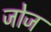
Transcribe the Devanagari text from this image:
जोज